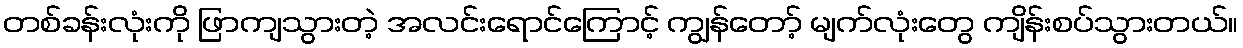
တစ်ခန်းလုံးကို ဖြာကျသွားတဲ့ အလင်းရောင်ကြောင့် ကျွန်တော့် မျက်လုံးတွေ ကျိန်းစပ်သွားတယ်။